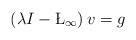
LaTeX: \begin{align*} \left(\lambda I-\L_{\infty}\right)v=g\end{align*}